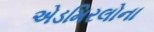
એડમિરલોના